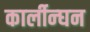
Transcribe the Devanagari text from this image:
कार्लीन्घन